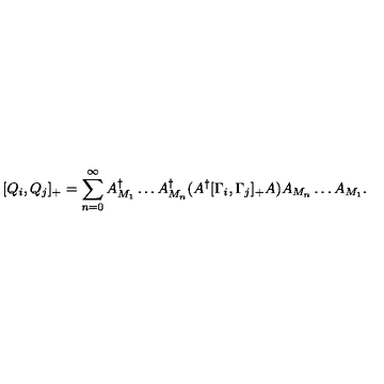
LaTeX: [ Q _ { i } , Q _ { j } ] _ { + } = \sum _ { n = 0 } ^ { \infty } A _ { M _ { 1 } } ^ { \dagger } \ldots A _ { M _ { n } } ^ { \dagger } ( A ^ { \dagger } [ \Gamma _ { i } , \Gamma _ { j } ] _ { + } A ) A _ { M _ { n } } \ldots A _ { M _ { 1 } } .